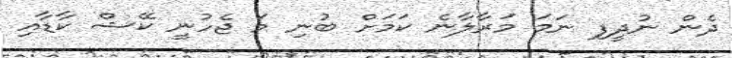
ދެން ނުދީފި ނަމަ މަރާލާނެ ކަމަށް ބުނި މަ ޖެހުނީ ކޭޝް ކާޑާއި